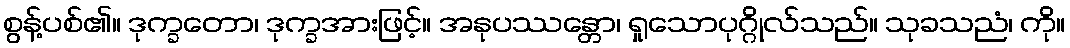
စွန့်ပစ်၏။ ဒုက္ခတော၊ ဒုက္ခအားဖြင့်။ အနုပဿန္တော၊ ရှုသောပုဂ္ဂိုလ်သည်။ သုခသညံ၊ ကို။